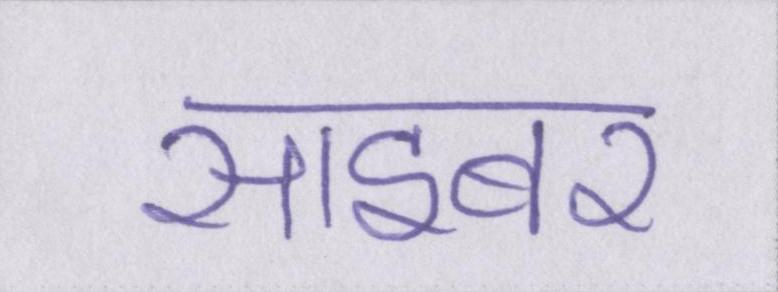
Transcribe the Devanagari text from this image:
साइबर